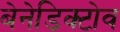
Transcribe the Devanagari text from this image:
बेनेडिक्टोव